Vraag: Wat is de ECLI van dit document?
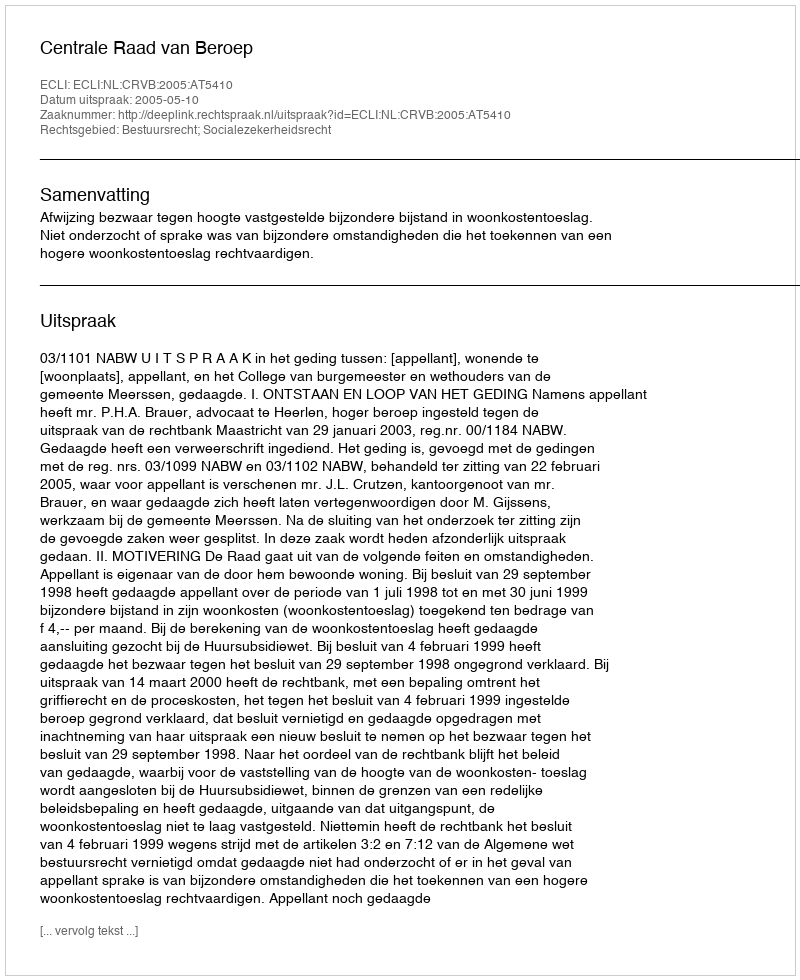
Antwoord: ECLI:NL:CRVB:2005:AT5410